Senior Leaving Certificate Examination (including Day School Certificate (Higher) General paper), 1946
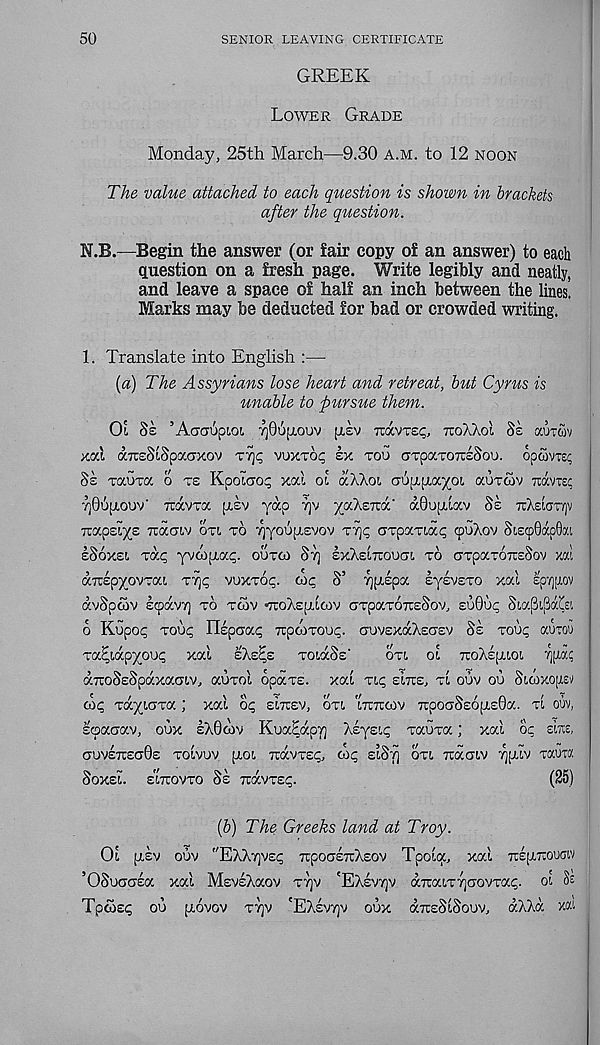
50
SENIOR LEAVING CERTIFICATE
GREEK
Lower Grade
Monday, 25th March—9.30 a.m. to 12 noon
The value attached to each question is shown in brackets
after the question.
N.B.—Begin the answer (or fair copy of an answer) to each
question on a fresh page. Write legibly and neatly,
and leave a space of half an inch between the lines.
Marks may be deducted for bad or crowded writing.
1. Translate into English :—
(a) The Assyrians lose heart and retreat, but Cyrus is
unable to pursue them.
01 8s ’Aaaupioi 7]0U!j,ouv [lev teocvtsc, tcoXaol 8s ocutcov
xod aTcsSiSpocaxov T7]p vuxtoc ex too arpo'.roixzSo'j. opwvtsc
Se Taoxa o xs Kpolcro^ xal oi aXXoi o-upipioc^oi auxcov toxvts!;
■/]0upiouv‘ Travxa [xsv yap ■ qv yaXsTra' ahupilav Se ttXeIctx/jv
TcapsLys Tcacnv oxi xo ^yoopiEvov x7]<; axpaxiai; <puXov StEtp0dp0(Xi
eSoxei xdp yvcopia^. ouxco St] ExXstTroucn xo axpaxoTTsSov xal
aTTEpyovxai xt]^ vuxxoc;. co<; S’ vjpiipa lysvExo xal EpTjjiov
dvSpwv IcpdvT] xo xcov «7roXEp.lcov (jxpaxoTceSov, suOup SiafltfjdZa
6 Kupop xouc; ITEpcja^ Tipaixoup. crovExdXEa'EV Se xoup aoTOU
xa^idpyoui; xal sXsE,s xoiaSs'
oxi, ol ttoXeijiio!.
aTroSsSpaxacnv, auxol opaxs. xai xip sins, xl ouv ou Suoxofisv
co<; xdyiaxa ; xal oi; eIttev, oti 'ittttoiv ttpoctSeo(j.£0a. xt ouv,
Ecpaaav, oux £X0wv KoaEdpy XEys^ xauxa; xal oc sms,
OUVE7TECJ0S XOLVUV [LOl TTaVXE^, COc; ElSfj OX!. TtaaLV TQpllV xauta
Soxsl. EL7TOVXO 8s TCaVXSp.
(25)
(b) The Greeks land at Troy.
01 [LEV OUV "EXXyVEp TTpOCTETcXsOV Tpola, Xal 7r£[LTC0UCTV
’OSucrosa xal MsvsXaov xt]v 'EXevtjv dTraLxyaovxap. ol Se
TpooEp oo [j.ovov xt]v 'EXevtjv oox drusSlSoov, dXXd xai